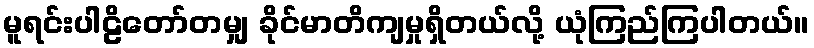
မူရင်းပါဠိတော်တမျှ ခိုင်မာတိကျမှုရှိတယ်လို့ ယုံကြည်ကြပါတယ်။